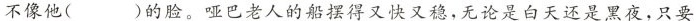
不像他 () 的脸。哑巴老人的船摆得又快又稳，无论是白天还是黑夜，只要